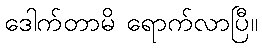
ဒေါက်တာမိ ရောက်လာပြီ။